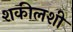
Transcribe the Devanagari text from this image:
शकीलशी